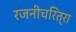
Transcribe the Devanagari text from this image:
रजनीचरित्रा